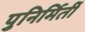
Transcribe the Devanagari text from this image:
पुनिर्मिर्ती